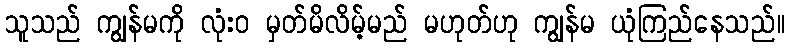
သူသည် ကျွန်မကို လုံးဝ မှတ်မိလိမ့်မည် မဟုတ်ဟု ကျွန်မ ယုံကြည်နေသည်။